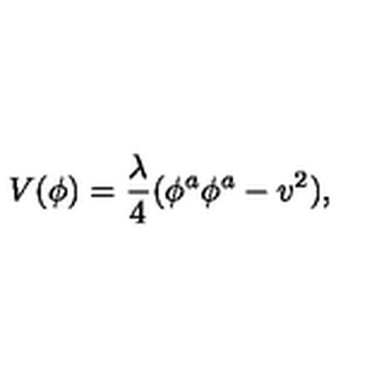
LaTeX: V ( \phi ) = \frac { \lambda } { 4 } ( \phi ^ { a } \phi ^ { a } - v ^ { 2 } ) ,